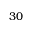
3 0